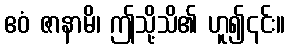
ဧဝံ ဇာနာမိ၊ ဤသို့သိ၏ ဟူ၍၎င်း။